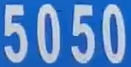
5050